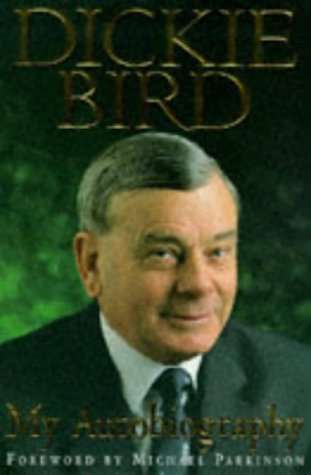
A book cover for Dickie Bird Autobiography; Bird; Sports & Outdoors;